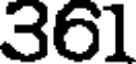
361